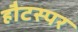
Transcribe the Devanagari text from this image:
हौटस्पर